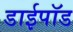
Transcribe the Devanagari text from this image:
डाईपॉड